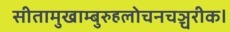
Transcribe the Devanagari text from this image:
सीतामुखाम्बुरुहलोचनचञ्चरीक।